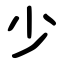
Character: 少